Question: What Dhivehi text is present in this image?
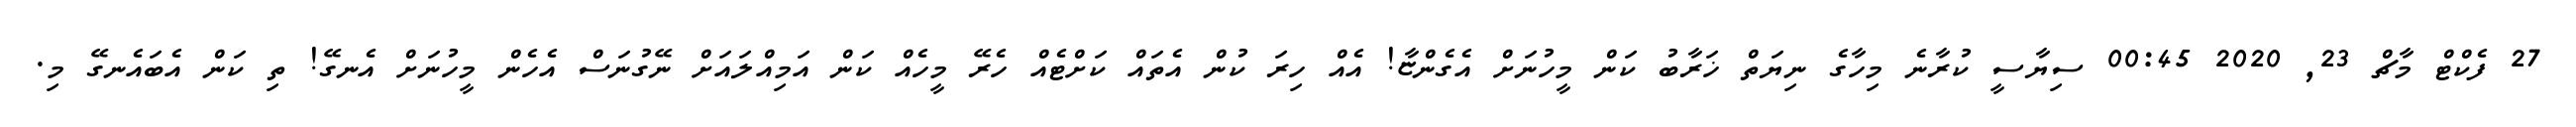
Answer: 27 ފެކްޓް މާޗް 23, 2020 00:45 ސިޔާސީ ކުރާނެ މިހާގެ ނިޔަތް ޚަރާބު ކަން މީހުނަށް އެގެންޏާ! އެއް ހިރަ ކުން އެތައް ކަށްޓެއް ހެރޭ މީހެއް ކަން އަމިއްލައަށް ނޭގުނަސް އެހެން މީހުނަށް އެނގޭ! ތި ކަން އެބައެނގޭ މި.